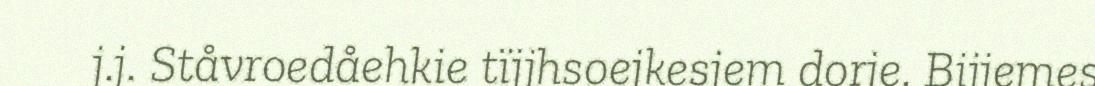
j.j. Ståvroedåehkie tïjjhsoejkesjem dorje. Bijjemes